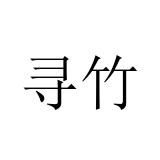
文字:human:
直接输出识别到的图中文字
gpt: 寻竹